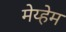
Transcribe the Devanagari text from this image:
मेय्हेम